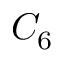
C _ { 6 }